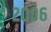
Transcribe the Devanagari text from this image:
२००६